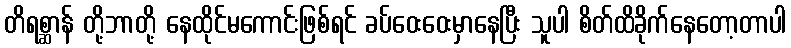
တိရစ္ဆာန် တို့ဘာတို့ နေထိုင်မကောင်းဖြစ်ရင် ခပ်ဝေးဝေးမှာနေပြီး သူပါ စိတ်ထိခိုက်နေတော့တာပါ